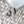
ان